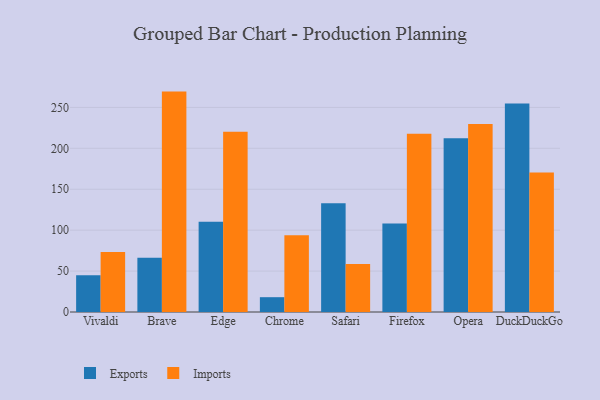
{"axis": {"x": "Browser", "y": "Page Views"}, "legend": ["Exports", "Imports"], "data": [{"x": "Vivaldi", "y": 44.9, "type": "Exports"}, {"x": "Vivaldi", "y": 73.3, "type": "Imports"}, {"x": "Brave", "y": 66.2, "type": "Exports"}, {"x": "Brave", "y": 269.3, "type": "Imports"}, {"x": "Edge", "y": 110.3, "type": "Exports"}, {"x": "Edge", "y": 220.2, "type": "Imports"}, {"x": "Chrome", "y": 18.1, "type": "Exports"}, {"x": "Chrome", "y": 93.8, "type": "Imports"}, {"x": "Safari", "y": 133.0, "type": "Exports"}, {"x": "Safari", "y": 58.6, "type": "Imports"}, {"x": "Firefox", "y": 108.0, "type": "Exports"}, {"x": "Firefox", "y": 217.8, "type": "Imports"}, {"x": "Opera", "y": 212.4, "type": "Exports"}, {"x": "Opera", "y": 229.8, "type": "Imports"}, {"x": "DuckDuckGo", "y": 254.8, "type": "Exports"}, {"x": "DuckDuckGo", "y": 170.3, "type": "Imports"}]}